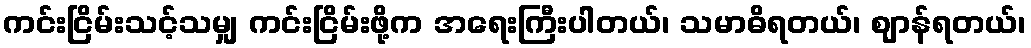
ကင်းငြိမ်းသင့်သမျှ ကင်းငြိမ်းဖို့က အရေးကြီးပါတယ်၊ သမာဓိရတယ်၊ ဈာန်ရတယ်၊